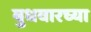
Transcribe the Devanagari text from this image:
बुधवारच्या